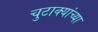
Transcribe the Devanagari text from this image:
चुटाक्यांच्या